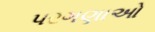
પરગણાઓ